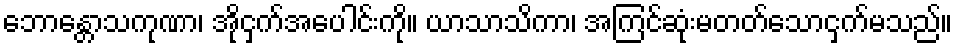
ဘောန္တောသကုဏာ၊ အိုငှက်အပေါင်းကို။ ယာသာသိကာ၊ အကြင်ဆုံးမတတ်သောငှက်မသည်။